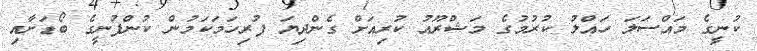
ކުނީގެ މައްސަލަ ހައްލު ކުރުމުގެ މަޝްރޫއު ކުރިއަށް ގެންދިޔަ ފުރިހަމަކަމުން ކުންފުނީގެ ބޯޑަށާއި